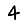
Digit: 4